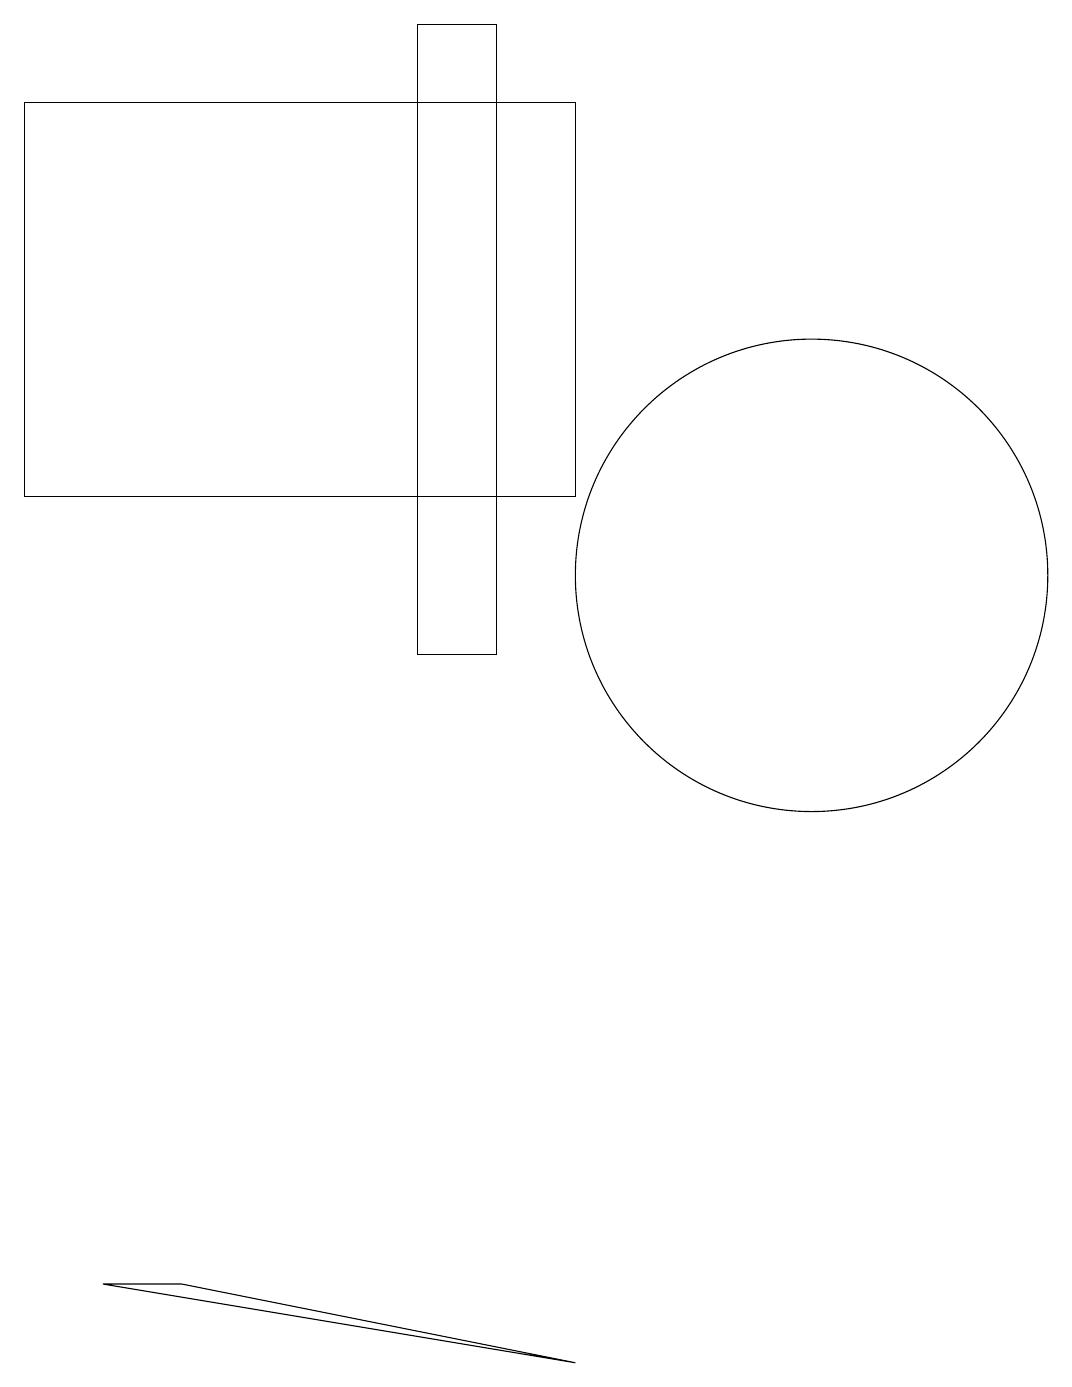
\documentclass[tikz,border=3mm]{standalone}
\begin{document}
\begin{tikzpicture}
\draw (2,3) -- (1,3) -- (7,2) -- cycle;
\draw (5,19) rectangle (6,11);
\draw (10,12) circle (3);
\draw (0,13) rectangle (7,18);
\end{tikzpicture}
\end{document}